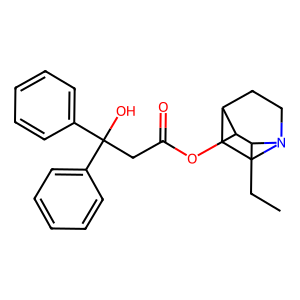
SMILES: CCC1C(OC(=O)CC(O)(c2ccccc2)c2ccccc2)C2CCN1CC2
Inhibits HIV replication: No